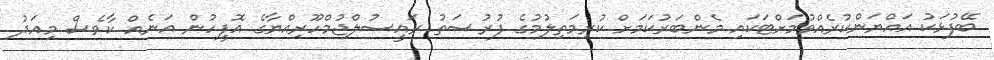
ބޭފުޅަކު އައްޔަންކުރެއްވުމަށްޓަކައި މެންބަރުކަމަށް ކުރިމަތިލުމުގެ ފުރުސަތު ރައީސުލްޖުމްހޫރިއްޔާގެ އޮފީހުން އަނެއް ކާވެސް މިއަދު